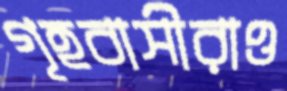
গৃহবাসীরাও